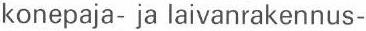
konepaja- ja laivanrakennus-